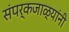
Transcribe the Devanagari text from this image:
संपर्कजाळ्यांनी